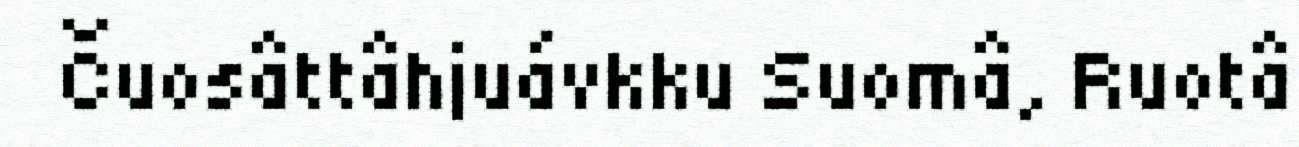
Čuosâttâhjuávkku Suomâ, Ruotâ